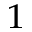
^ { 1 }